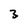
Character: 3